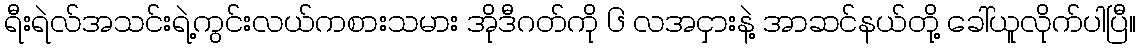
ရီးရဲလ်အသင်းရဲ့ကွင်းလယ်ကစားသမား အိုဒီဂတ်ကို ၆ လအငှားနဲ့ အာဆင်နယ်တို့ ခေါ်ယူလိုက်ပါပြီ။